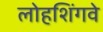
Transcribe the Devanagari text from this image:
लोहशिंगवे